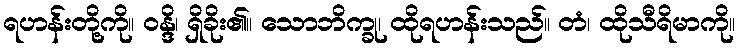
ရဟန်းတို့ကို။ ဝန္ဒိ၊ ရှိခိုး၏။ သောဘိက္ခု၊ ထိုရဟန်းသည်။ တံ၊ ထိုသီရိမာကို။